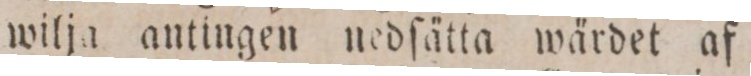
wilja antingen nedſätta wärdet af